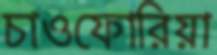
চাওফোরিয়া